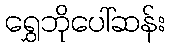
ရွှေဘိုပေါ်ဆန်း